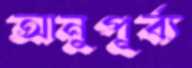
আনুপূর্ব্য